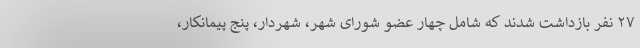
٢٧ نفر بازداشت شدند که شامل چهار عضو شورای شهر، شهردار، پنج پیمانکار،